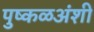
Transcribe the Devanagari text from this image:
पुष्कळअंशी